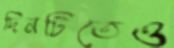
দিনটিতেও